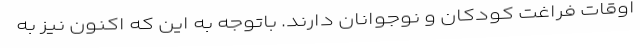
اوقات فراغت کودکان و نوجوانان دارند. باتوجه به این که اکنون نیز به